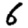
Digit: 6